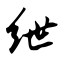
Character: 绁